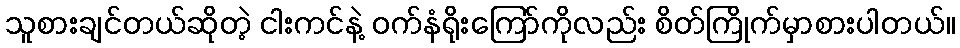
သူစားချင်တယ်ဆိုတဲ့ ငါးကင်နဲ့ ဝက်နံရိုးကြော်ကိုလည်း စိတ်ကြိုက်မှာစားပါတယ်။